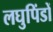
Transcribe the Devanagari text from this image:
लघुपिंडों